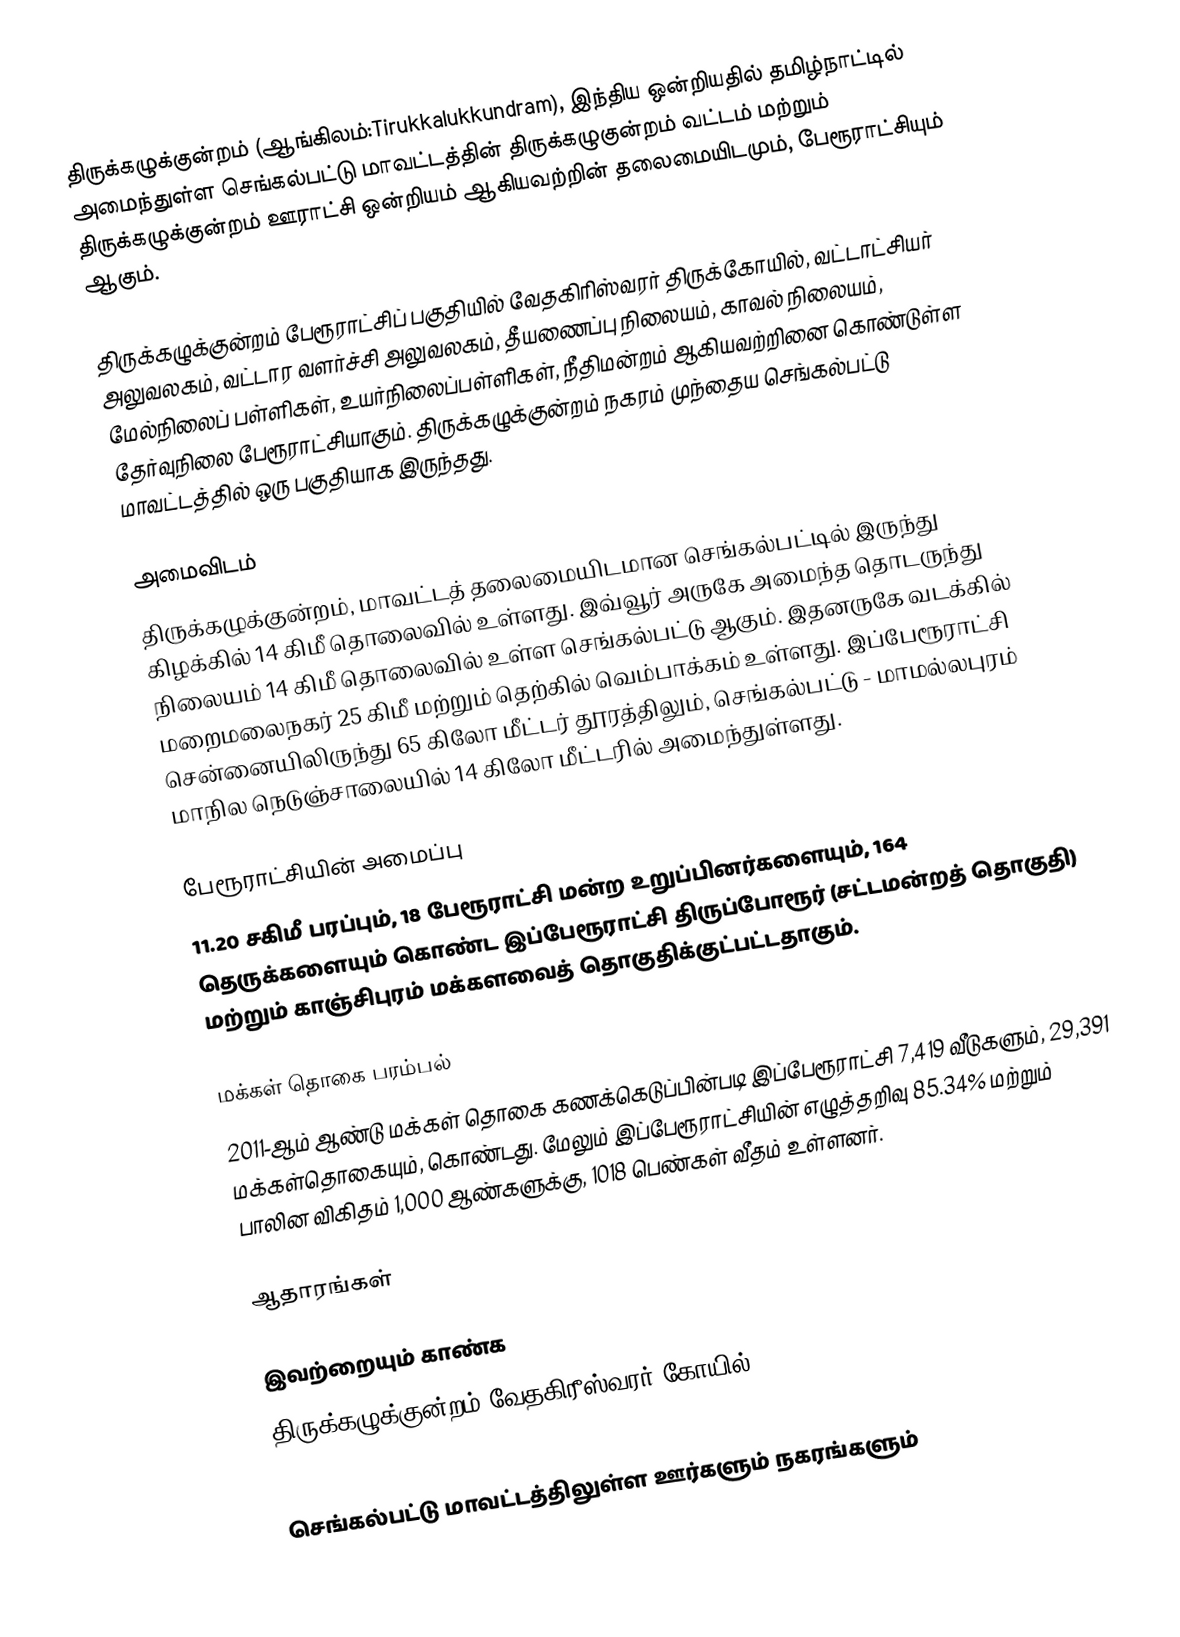
திருக்கழுக்குன்றம் (ஆங்கிலம்:Tirukkalukkundram), இந்திய ஒன்றியதில் தமிழ்நாட்டில் அமைந்துள்ள செங்கல்பட்டு  மாவட்டத்தின் திருக்கழுகுன்றம் வட்டம் மற்றும் திருக்கழுக்குன்றம் ஊராட்சி ஒன்றியம் ஆகியவற்றின் தலைமையிடமும், பேரூராட்சியும் ஆகும்.

திருக்கழுக்குன்றம் பேரூராட்சிப் பகுதியில்   வேதகிரிஸ்வரர் திருக்கோயில், வட்டாட்சியர் அலுவலகம், வட்டார வளர்ச்சி அலுவலகம், தீயணைப்பு நிலையம், காவல் நிலையம், மேல்நிலைப் பள்ளிகள், உயர்நிலைப்பள்ளிகள், நீதிமன்றம் ஆகியவற்றினை கொண்டுள்ள தேர்வுநிலை பேரூராட்சியாகும். திருக்கழுக்குன்றம் நகரம் முந்தைய செங்கல்பட்டு மாவட்டத்தில் ஒரு பகுதியாக இருந்தது.

அமைவிடம்
திருக்கழுக்குன்றம், மாவட்டத் தலைமையிடமான செங்கல்பட்டில் இருந்து கிழக்கில் 14 கிமீ தொலைவில் உள்ளது. இவ்வூர் அருகே அமைந்த தொடருந்து நிலையம் 14 கிமீ தொலைவில் உள்ள செங்கல்பட்டு ஆகும். இதனருகே வடக்கில் மறைமலைநகர் 25 கிமீ மற்றும் தெற்கில் வெம்பாக்கம் உள்ளது. இப்பேரூராட்சி சென்னையிலிருந்து 65 கிலோ மீட்டர் தூரத்திலும், செங்கல்பட்டு - மாமல்லபுரம் மாநில நெடுஞ்சாலையில் 14 கிலோ மீட்டரில் அமைந்துள்ளது.

பேரூராட்சியின் அமைப்பு
11.20 சகிமீ பரப்பும், 18  பேரூராட்சி மன்ற உறுப்பினர்களையும், 164 தெருக்களையும்  கொண்ட இப்பேரூராட்சி திருப்போரூர்  (சட்டமன்றத் தொகுதி)  மற்றும் காஞ்சிபுரம் மக்களவைத் தொகுதிக்குட்பட்டதாகும்.

மக்கள் தொகை பரம்பல்
2011-ஆம் ஆண்டு மக்கள் தொகை கணக்கெடுப்பின்படி   இப்பேரூராட்சி  7,419  வீடுகளும், 29,391 மக்கள்தொகையும், கொண்டது. மேலும் இப்பேரூராட்சியின் எழுத்தறிவு 85.34% மற்றும்  பாலின விகிதம் 1,000 ஆண்களுக்கு, 1018 பெண்கள் வீதம் உள்ளனர்.

ஆதாரங்கள்

இவற்றையும் காண்க
திருக்கழுக்குன்றம் வேதகிரீஸ்வரர் கோயில்

செங்கல்பட்டு மாவட்டத்திலுள்ள ஊர்களும் நகரங்களும்